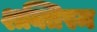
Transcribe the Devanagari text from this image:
शक्तिस्म